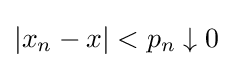
\left|x_{n}-x\right|<p_{n}\downarrow 0